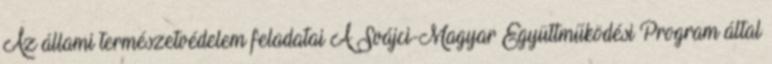
Az állami természetvédelem feladatai A Svájci-Magyar Együttműködési Program által